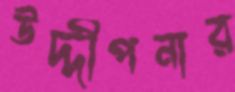
উদ্দীপনার